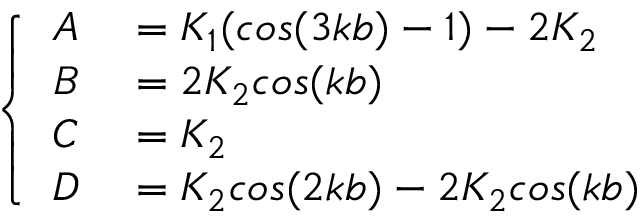
\centering \left\{ \begin{array} { r l } { A } & { { } = K _ { 1 } ( c o s ( 3 k b ) - 1 ) - 2 K _ { 2 } } \\ { B } & { { } = 2 K _ { 2 } c o s ( k b ) } \\ { C } & { { } = K _ { 2 } } \\ { D } & { { } = K _ { 2 } c o s ( 2 k b ) - 2 K _ { 2 } c o s ( k b ) } \end{array} \right.